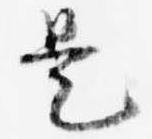
是